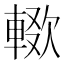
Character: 𰹚